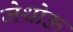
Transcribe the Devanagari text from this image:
जेथोऊ